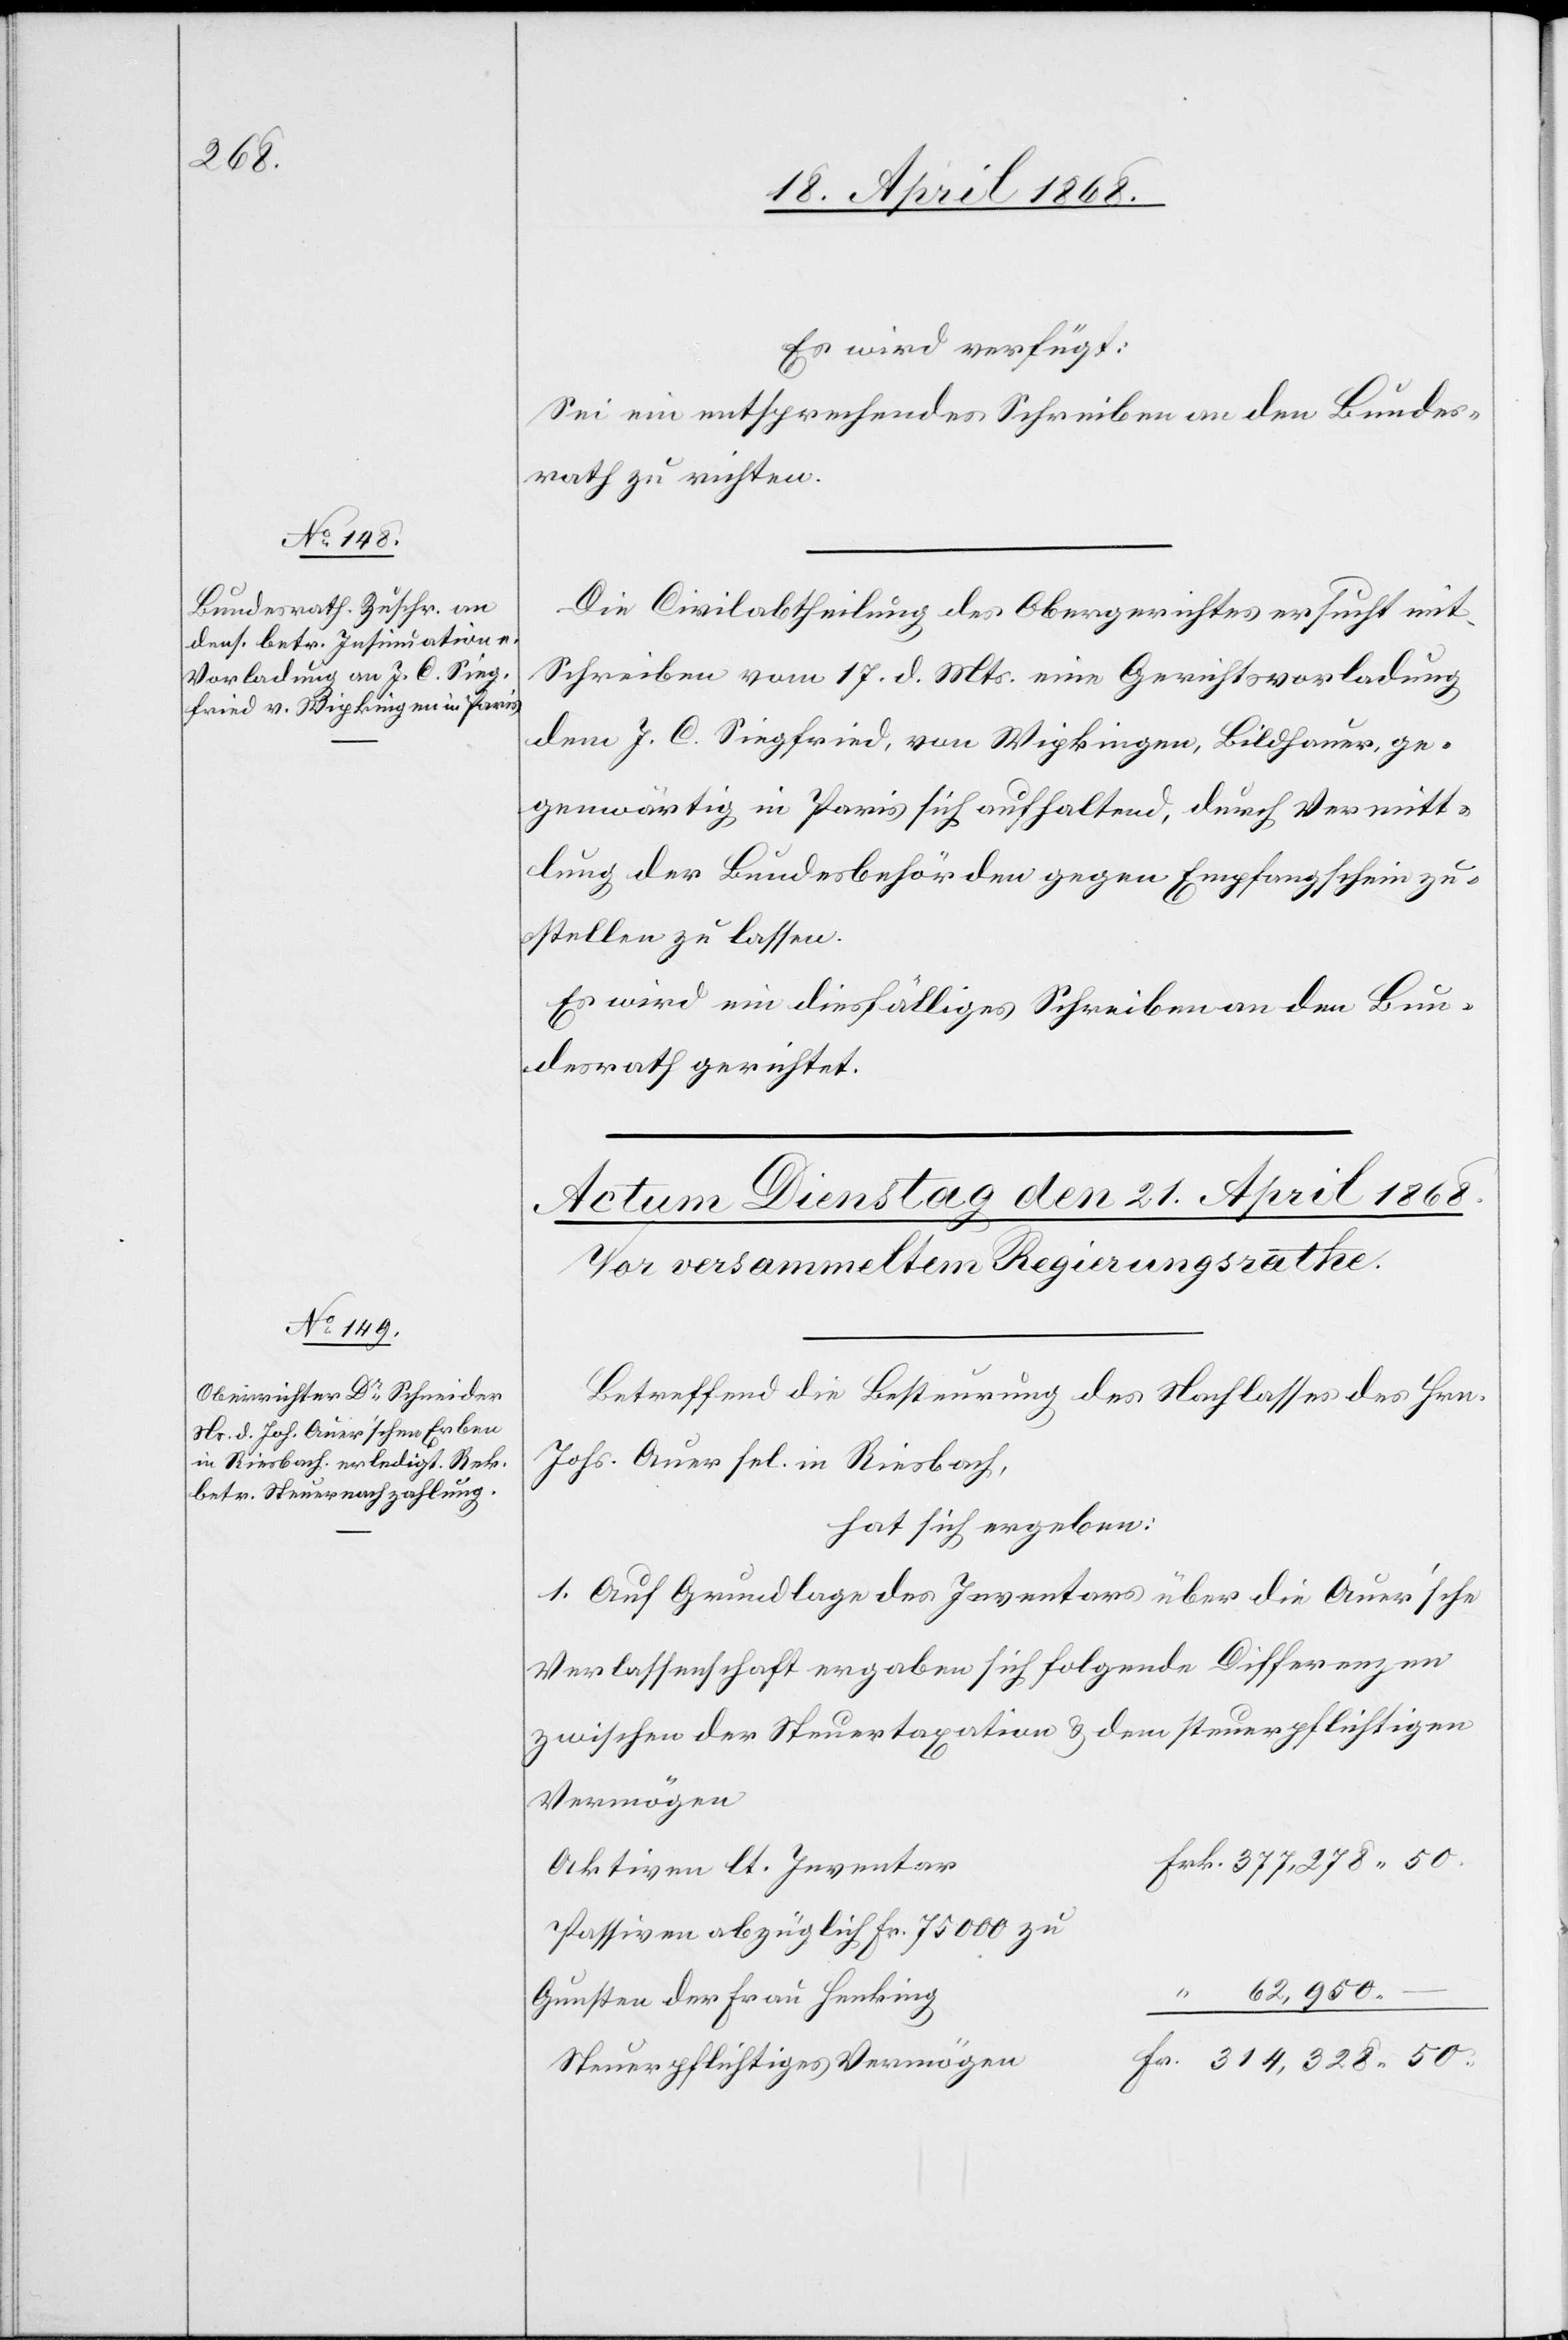
20. April 1868.]
Es wird verfügt:
Sei ein entsprechendes Schreiben an den Bundes¬
rath zu richten.
Die Civilabtheilung des Obergerichtes ersucht mit
Schreiben vom 17. d. Mts. eine Gerichtsvorladung
dem J. C. Siegfried, von Wipkingen, Bildhauer, ge¬
genwärtig in Paris sich aufhaltend, durch Vermitt¬
lung der Bundesbehörden gegen Empfangschein zu¬
stellen zu lassen.
Es wird ein diesfälliges Schreiben an den Bun¬
desrath gerichtet.
.
Betreffend die Besteurung des Nachlasses des Hrn.
Johs. Auer sel. in Riesbach,
hat sich ergeben:
1. Auf Grundlage des Inventars über die Auer’sche
Verlassenschaft ergaben sich folgende Differenzen
zwischen der Steuertaxation & dem steuerpflichtigen
Vermögen
Frk. 377,278. 50.
Aktiven lt. Inventar
Passiven abzüglich Fr. 75 000 zu
Gunsten der Frau Henking
Fr. 314,328. 50.
Steuerpflichtiges Vermögen